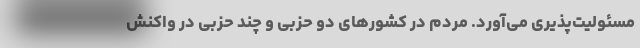
مسئولیت‌پذیری می‌آورد. مردم در کشورهای دو حزبی و چند حزبی در واکنش